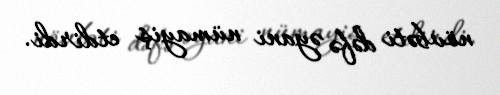
növbəti dəfə əyani nümayiş etdirdi.